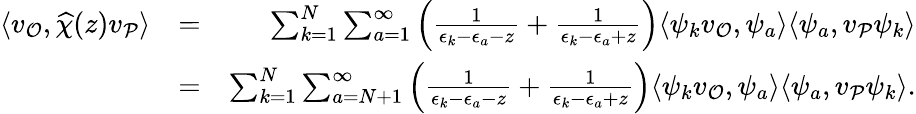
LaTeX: \begin{array}{rlr}{\langle v_{\mathcal{O}},\widehat{\chi}(z)v_{\mathcal{P}}\rangle}&{=}&{\sum_{k=1}^{N}\sum_{a=1}^{\infty}\Big(\frac{1}{\epsilon_{k}-\epsilon_{a}-z}+\frac{1}{\epsilon_{k}-\epsilon_{a}+z}\Big)\langle\psi_{k}v_{\mathcal{O}},\psi_{a}\rangle\langle\psi_{a},v_{\mathcal{P}}\psi_{k}\rangle}\\ &{=}&{\sum_{k=1}^{N}\sum_{a=N+1}^{\infty}\Big(\frac{1}{\epsilon_{k}-\epsilon_{a}-z}+\frac{1}{\epsilon_{k}-\epsilon_{a}+z}\Big)\langle\psi_{k}v_{\mathcal{O}},\psi_{a}\rangle\langle\psi_{a},v_{\mathcal{P}}\psi_{k}\rangle.}\end{array}